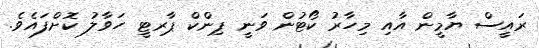
ރައީސް ޔާމީން އާއި މިހާރު ކޯޓުން ވަނީ ޕިންކް ޕާރޓީ ހަވާލު ކޮށްފައެވެ.